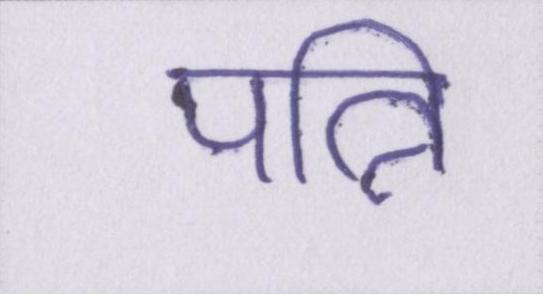
पत्नि